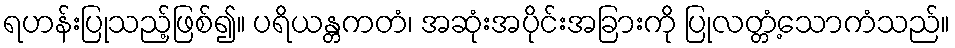
ရဟန်းပြုသည့်ဖြစ်၍။ ပရိယန္တကတံ၊ အဆုံးအပိုင်းအခြားကို ပြုလတ္တံ့သောကံသည်။